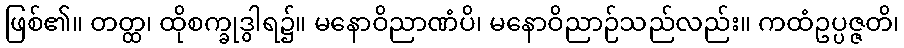
ဖြစ်၏။ တတ္ထ၊ ထိုစက္ခုဒွါရ၌။ မနောဝိညာဏံပိ၊ မနောဝိညာဉ်သည်လည်း။ ကထံဥပ္ပဇ္ဇတိ၊